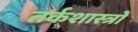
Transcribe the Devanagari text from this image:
तर्कशास्त्रों